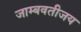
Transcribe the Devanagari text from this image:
जाम्बवतीजय